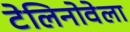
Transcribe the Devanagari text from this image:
टेलिनोवेला